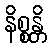
နိစ္စန္တိ